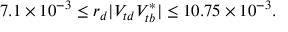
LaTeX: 7 . 1 \times 1 0 ^ { - 3 } \leq r _ { d } | V _ { t d } V _ { t b } ^ { * } | \leq 1 0 . 7 5 \times 1 0 ^ { - 3 } .